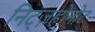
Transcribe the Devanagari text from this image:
निट्ज़होनोट